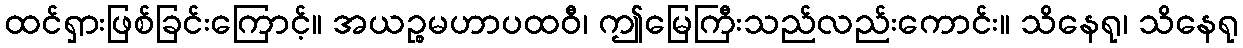
ထင်ရှားဖြစ်ခြင်းကြောင့်။ အယဉ္စမဟာပထဝီ၊ ဤမြေကြီးသည်လည်းကောင်း။ သိနေရု၊ သိနေရု